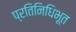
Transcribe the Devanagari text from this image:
प्रतिनिधिभूत